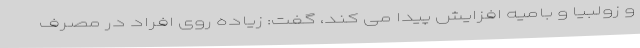
و زولبیا و بامیه افزایش پیدا می کند، گفت: زیاده روی افراد در مصرف